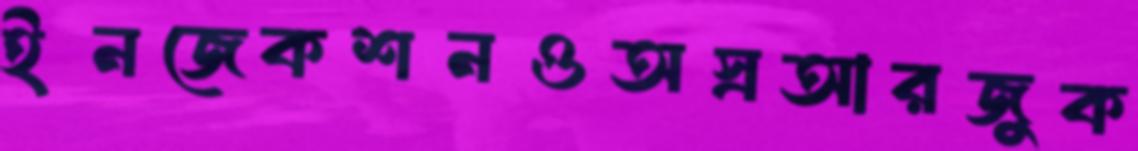
ইনজেকশনওঅস্রআরজুক